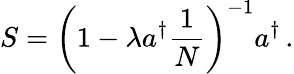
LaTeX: S=\left(1-\lambda a^{\dagger}{\frac{1}{N}}\right)^{-1}a^{\dagger}\, .